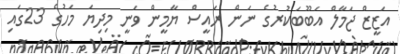
އަޒީޒް ޖަމާލް އަބޫބަކުރުގެ ނަން ރައީސް ޔާމީން ވަނީ މިދިޔަ މަހުގެ 23ގައި